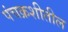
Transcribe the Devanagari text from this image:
पंचक्रशीतील